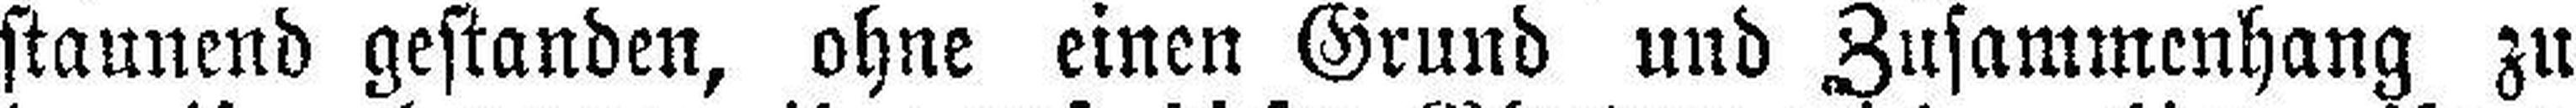
staunend gestanden, ohne einen Grund und Zusammenhang zu